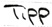
Text: Tipp